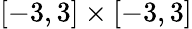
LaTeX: [-3,3]\times[-3,3]